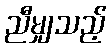
ညီမျှသည့်